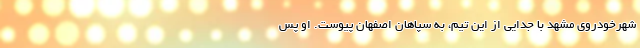
شهرخودروی مشهد با جدایی از این تیم، به سپاهان اصفهان پیوست. او پس